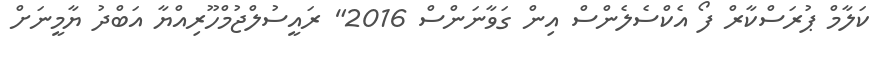
ކަލާމް ޕުރަސްކާރް ފޯ އެކްސެލެންސް އިން ގަވާނަންސް 2016" ރައީސުލްޖުމްހޫރިއްޔާ އަބްދު ޔާމީނަށް